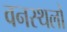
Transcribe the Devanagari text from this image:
वनस्थलों